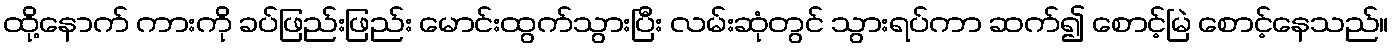
ထို့နောက် ကားကို ခပ်ဖြည်းဖြည်း မောင်းထွက်သွားပြီး လမ်းဆုံတွင် သွားရပ်ကာ ဆက်၍ စောင့်မြဲ စောင့်နေသည်။